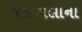
જરીવાલાના